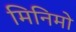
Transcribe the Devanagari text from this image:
मिनिमो